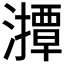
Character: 𤁡